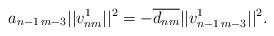
LaTeX: \begin{align*} a_{n-1\,m-3}||v_{nm}^1||^2=-\overline{d_{nm}}||v_{n-1\,m-3}^1||^2.\end{align*}